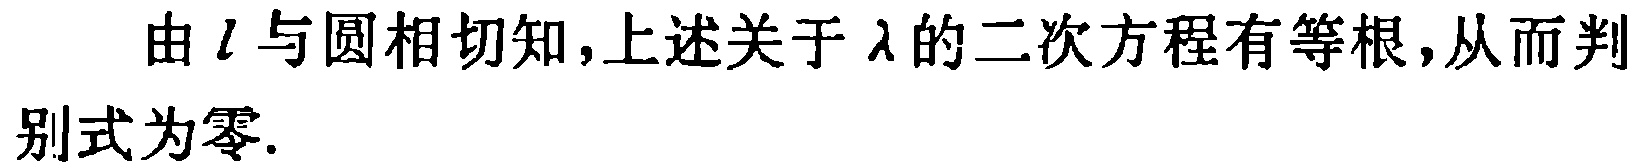
由 \(l\) 与圆相切知,上述关于 \(\lambda\) 的二次方程有等根,从而判别式为零.